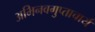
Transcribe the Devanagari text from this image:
अभिनवगुप्ताचार्य